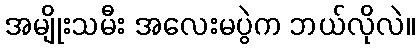
အမျိုးသမီး အလေးမပွဲက ဘယ်လိုလဲ။